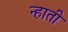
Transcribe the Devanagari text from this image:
न्हाती